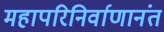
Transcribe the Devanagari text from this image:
महापरिनिर्वाणानंत